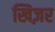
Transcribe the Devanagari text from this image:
खिज़र